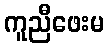
ကူညီဖေးမ